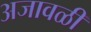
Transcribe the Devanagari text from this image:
अजावळी